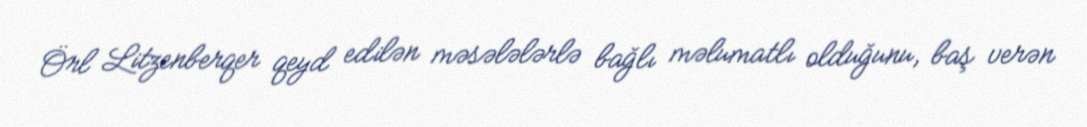
Örl Litzenberqer qeyd edilən məsələlərlə bağlı məlumatlı olduğunu, baş verən